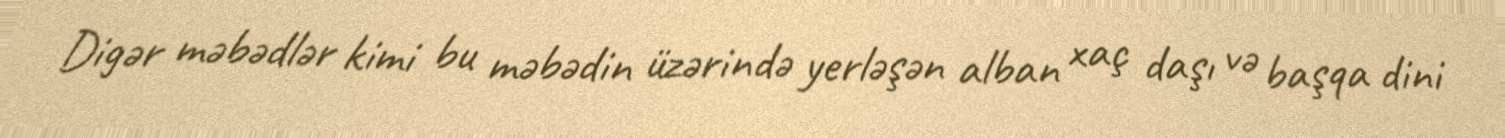
Digər məbədlər kimi bu məbədin üzərində yerləşən alban xaç daşı və başqa dini